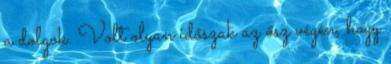
a dolgok. Volt olyan időszak az ősz végén, hogy